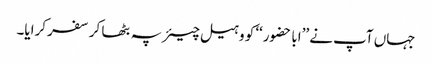
جہاں آپ نے ’’ابا حضور‘‘ کو وہیل چیئر پہ بٹھا کر سفر کرایا۔